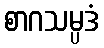
စာဂသမ္ပဒံ